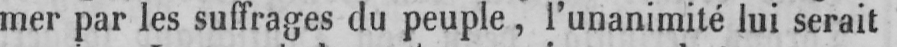
mer par les suffrages du peuple, l’unanimité lui serait